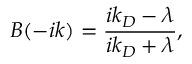
B ( - i k ) = \frac { i k _ { D } - \lambda } { i k _ { D } + \lambda } ,